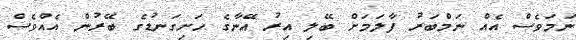
ނަމަވެސް އެއް ނަމްބަރު ފާލަމަށް ބޭލި އިރު އޭނާގެ ހަށިގަނޑުގެ ބޭރުން އެއްވެސް